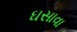
ઘસાવા